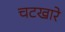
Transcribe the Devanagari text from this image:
चटखारे